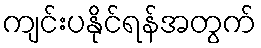
ကျင်းပနိုင်ရန်အတွက်